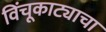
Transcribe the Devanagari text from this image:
विंचूकाट्याचा